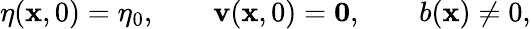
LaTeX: \eta(\mathbf{x},0)=\eta_{0},\qquad\mathbf{v}(\mathbf{x},0)=\mathbf{0},\qquad b(\mathbf{x})\neq 0,